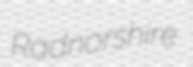
Radnorshire